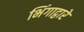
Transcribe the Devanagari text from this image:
भिंगाद्वारे